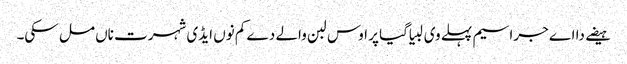
ہیضے دا اے جراسیم پہلے وی لبیا گیا پر اوس لبن والے دے کم نوں ایڈی شہرت ناں مل سکی۔